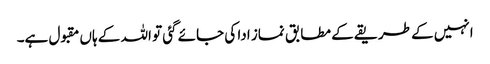
انہیں کے طریقے کے مطابق نماز ادا کی جائے گئی تو اللہ کے ہاں مقبول ہے۔